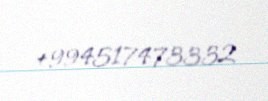
+994517473332